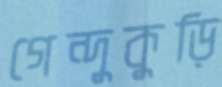
গেন্দুকুড়ি